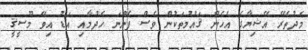
މެދުތެރޭ އޭޝިޔާގެ އެހެން ޤައުމުތަކުން ވެސް ފެންނަ ހެދުމާއި އަޑު އިވޭ މޫސީޤީ